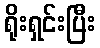
ရိုးရှင်းပြီး